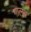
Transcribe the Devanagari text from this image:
गालब